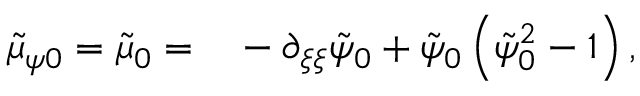
\begin{array} { r l } { \tilde { \mu } _ { \psi 0 } = \tilde { \mu } _ { 0 } = } & { { } - \partial _ { \xi \xi } \tilde { \psi } _ { 0 } + \tilde { \psi } _ { 0 } \left( \tilde { \psi } _ { 0 } ^ { 2 } - 1 \right) , } \end{array}